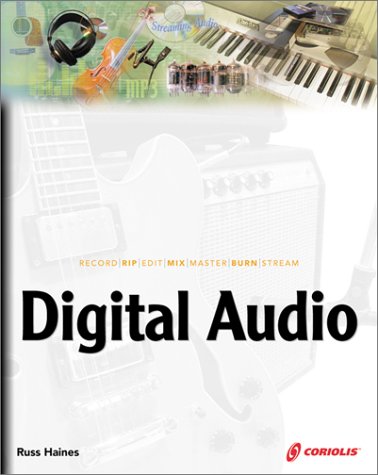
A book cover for Digital Audio: Record | Rip | Edit | Mix | Master | Burn | Stream; Russ Haines; Computers & Technology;